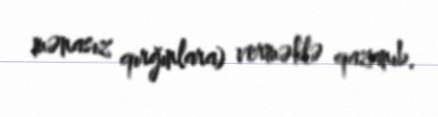
mənasız qırğınlara) verməklə qazanıb.